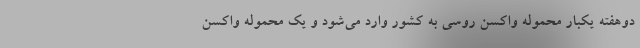
دوهفته یکبار محموله واکسن روسی به کشور وارد می‌شود و یک محموله واکسن